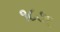
૧૮૭૬